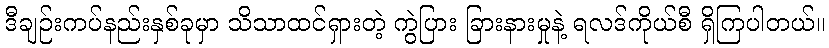
ဒီချဉ်းကပ်နည်းနှစ်ခုမှာ သိသာထင်ရှားတဲ့ ကွဲပြား ခြားနားမှုနဲ့ ရလဒ်ကိုယ်စီ ရှိကြပါတယ်။